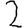
Digit: 2